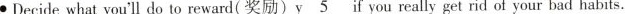
Decide what you’ll do to reward(奖励）\underline{y5 } if you realty get rid of your bad habits.